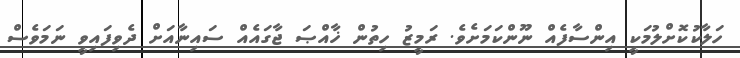
ހަލާކުކޮށްލުމަކީ އިންސާފެއް ނޫންކަމަށެވެ. ރަމީޒު ހިތުން ޚާއްޞަ ޖާގައެއް ސައިނާއަށް ދެވިފައިވީ ނަމަވެސް